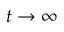
t \rightarrow \infty